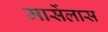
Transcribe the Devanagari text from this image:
मार्सेलास